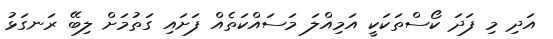
އަދި މި ފަދަ ކޯސްތަކަކީ އަމިއްލަ މަސައްކަތެއް ފަށައި ގަތުމަށް ލިބޭ ރަނގަޅު